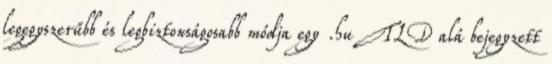
legegyszerűbb és legbiztonságosabb módja egy .hu TLD alá bejegyzett